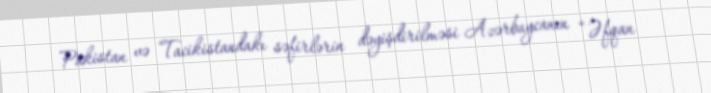
Pakistan və Tacikistandakı səfirlərin dəyişdirilməsi Azərbaycanın “Əfqan